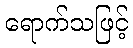
ရောက်သဖြင့်